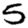
Digit: 5